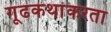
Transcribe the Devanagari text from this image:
गूढकथांकरता